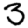
Digit: 3